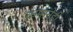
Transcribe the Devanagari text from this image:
क्रमानेही